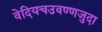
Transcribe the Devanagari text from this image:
वेदियचउवण्णजुदा